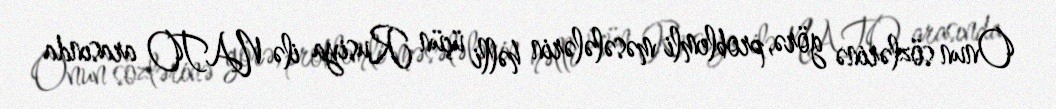
Onun sözlərinə görə, problemli məsələlərin həlli üçün Rusiya ilə NATO arasında